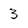
Character: 3